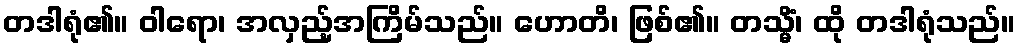
တဒါရုံ၏။ ဝါရော၊ အလှည့်အကြိမ်သည်။ ဟောတိ၊ ဖြစ်၏။ တသ္မိံ၊ ထို တဒါရုံသည်။